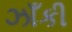
ઝાઁકી